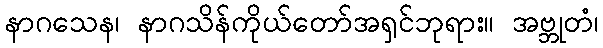
နာဂသေန၊ နာဂသိန်ကိုယ်တော်အရှင်ဘုရား။ အဗ္ဘုတံ၊